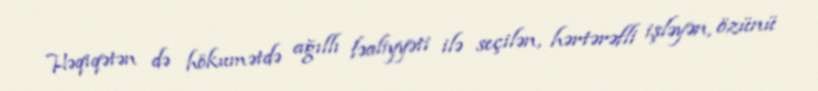
Həqiqətən də hökumətdə ağıllı fəaliyyəti ilə seçilən, hərtərəfli işləyən, özünü